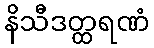
နိသီဒတ္ထရဏံ